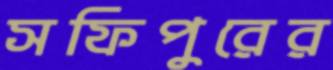
সফিপুরের